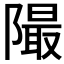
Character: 𨼥